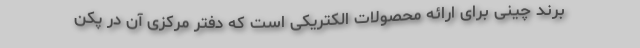
برند چینی برای ارائه محصولات الکتریکی است که دفتر مرکزی آن در پکن